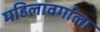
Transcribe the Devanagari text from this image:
महिलावर्गाला